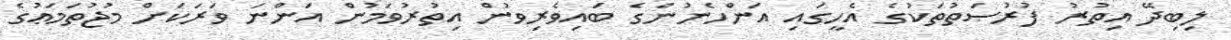
ލިބިދޭ އިތުރު ފުރުޞަތުތަކުގެ އެހީގައި އަންހެނުންގެ ބައިވެރިވުން އިތުރުވަމުން އަންނަ ވަރަކަށް މުޖުތަމަޢުގެ